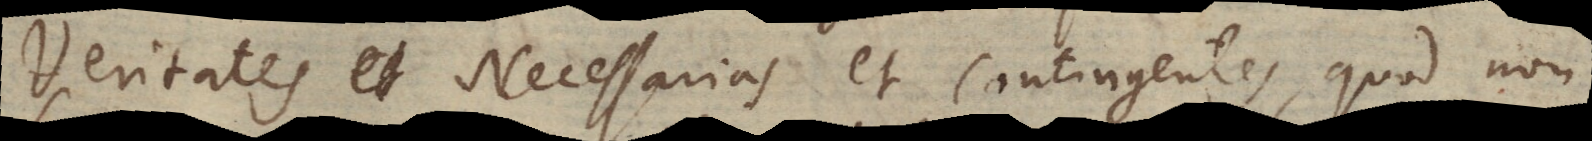
Veritates et Necessarias et Contingentes, quod non